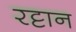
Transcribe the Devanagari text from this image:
रट्टान